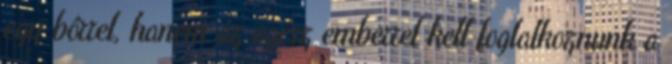
egy bôrrel, hanem az egész emberrel kell foglalkoznunk a